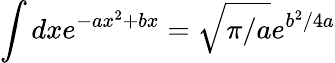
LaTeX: \int dxe^{-ax^{2}+bx}=\sqrt{\pi/a}e^{b^{2}/4a}